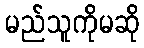
မည်သူကိုမဆို